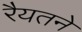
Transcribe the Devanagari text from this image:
रैयतने